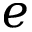
e